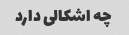
چه اشکالی دارد